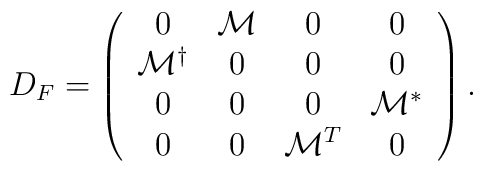
D_{F} = \left( \begin{array} {cccc}0 & {\cal M} & 0 & 0 \\{\cal M}^{\dag} & 0 & 0 & 0\\0 & 0 & 0 & {\cal M^*} \\0 & 0 & {\cal M}^{T} & 0 \end{array} \right). \\